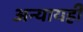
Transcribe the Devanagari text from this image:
अन्यायही